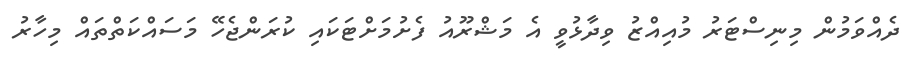
ދެއްވަމުން މިނިސްޓަރު މުއިއްޒު ވިދާޅުވީ އެ މަޝްރޫއު ފެށުމަށްޓަކައި ކުރަންޖެހޭ މަސައްކަތްތައް މިހާރު